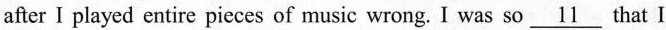
after I played entire pieces of music wrong. I was so \underline{11} that I